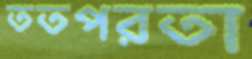
ততপরতা